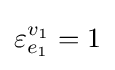
\varepsilon _{e_{1}}^{v_{1}}=1